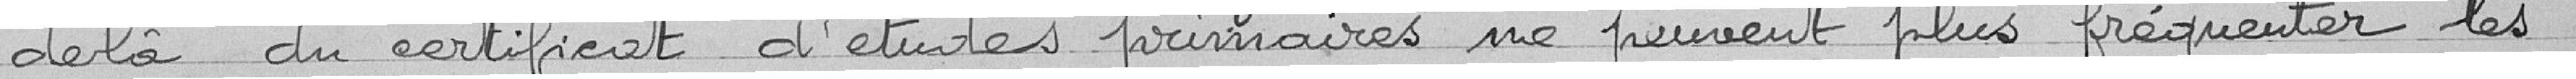
delà du certificat d'études primaires ne peuvent plus fréquenter les